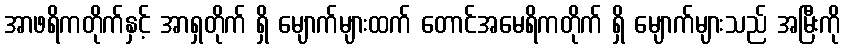
အာဖရိကတိုက်နှင့် အာရှတိုက် ရှိ မျောက်များထက် တောင်အမေရိကတိုက် ရှိ မျောက်များသည် အမြီးကို